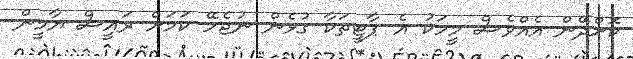
ކޮށްދޭން އެއްވެސް މީހަކު އެ ޕާޓީތަކާ ގުޅެން ނުޖެހޭ ކަމަށް ރައީސް ޔާމީން